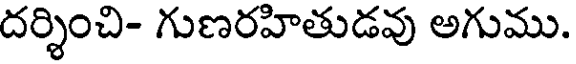
దర్శించి- గుణరహితుడవు అగుము.